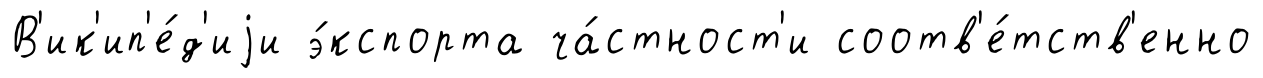
В'ик'ип'е́д'иjи э́кспорта ча́стност'и соотв'е́тств'енно